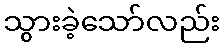
သွားခဲ့သော်လည်း